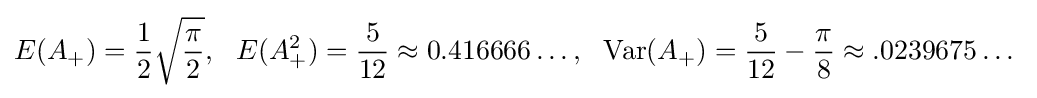
E(A_{+})={\frac {1}{2}}{\sqrt {\frac {\pi }{2}}},\ \ E(A_{+}^{2})={\frac {5}{12}}\approx 0.416666\ldots ,\ \ \operatorname {Var} (A_{+})={\frac {5}{12}}-{\frac {\pi }{8}}\approx .0239675\ldots \